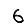
Digit: 6